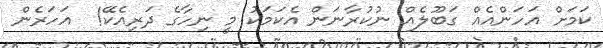
ކަމަށް އަހަންއެއް ގަބޫލެއް ނުކުރާނަން އެކަމަކު މީ ނިހާގެ ދަރިއެކޭ!  އަހަރެން